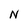
Character: N